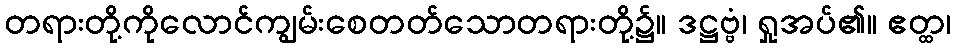
တရားတို့ကိုလောင်ကျွမ်းစေတတ်သောတရားတို့၌။ ဒဋ္ဌဗ္ဗံ၊ ရှုအပ်၏။ ဧတ္ထ၊